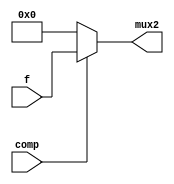
module Mux2(
  input comp,
  input [32:0] f,
  output reg [32:0] mux2
);

always @ (comp or f)
begin
  if(comp == 1'b1)
    mux2 = f;
  else
    mux2 = 0;
end
endmodule